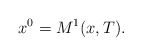
\begin{align*} x^0 = M^1(x,T).\end{align*}